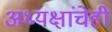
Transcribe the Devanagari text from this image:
अध्यक्षांचेही